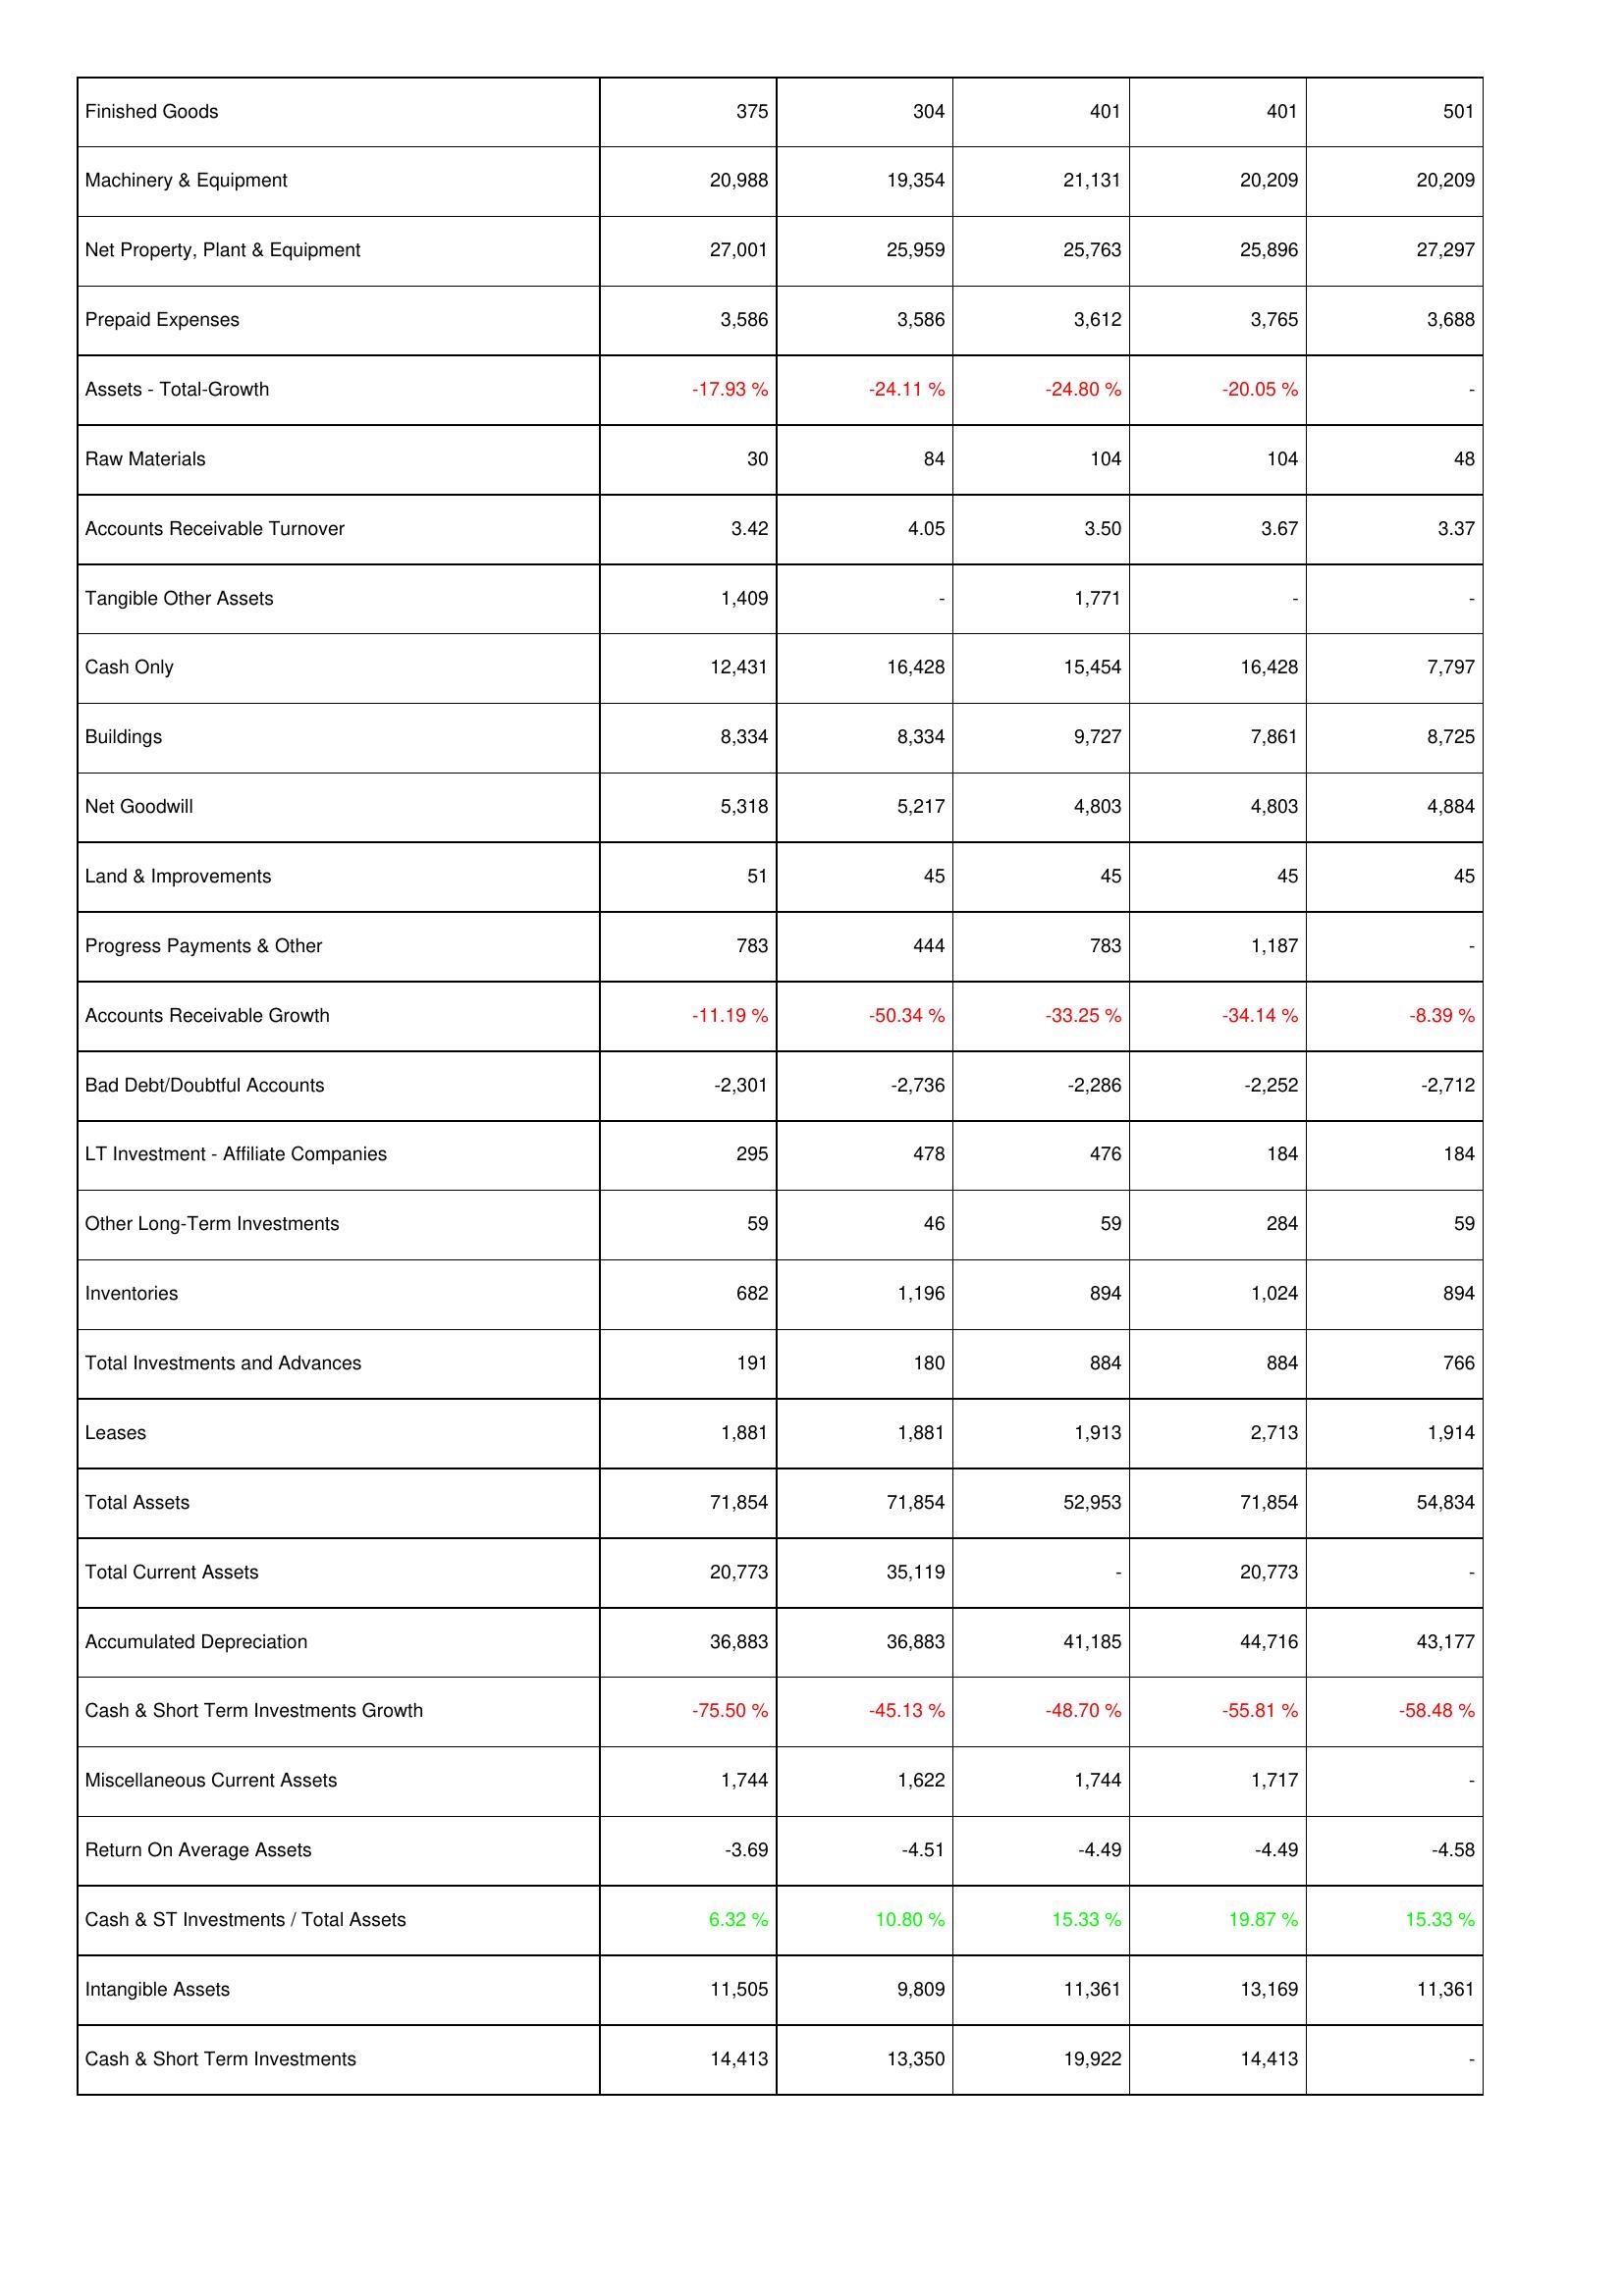
2024: Assets: Finished Goods: 375
Machinery & Equipment: 20,988
Net Property, Plant & Equipment: 27,001
Prepaid Expenses: 3,586
Assets - Total-Growth: -17.93 %
Raw Materials: 30
Accounts Receivable Turnover: 3.42
Tangible Other Assets: 1,409
Cash Only: 12,431
Buildings: 8,334
Net Goodwill: 5,318
Land & Improvements: 51
Progress Payments & Other: 783
Accounts Receivable Growth: -11.19 %
Bad Debt/Doubtful Accounts: -2,301
LT Investment - Affiliate Companies: 295
Other Long-Term Investments: 59
Inventories: 682
Total Investments and Advances: 191
Leases: 1,881
Total Assets: 71,854
Total Current Assets: 20,773
Accumulated Depreciation: 36,883
Cash & Short Term Investments Growth: -75.50 %
Miscellaneous Current Assets: 1,744
Return On Average Assets: -3.69
Cash & ST Investments / Total Assets: 6.32 %
Intangible Assets: 11,505
Cash & Short Term Investments: 14,413
2023: Assets: Finished Goods: 304
Machinery & Equipment: 19,354
Net Property, Plant & Equipment: 25,959
Prepaid Expenses: 3,586
Assets - Total-Growth: -24.11 %
Raw Materials: 84
Accounts Receivable Turnover: 4.05
Tangible Other Assets: -
Cash Only: 16,428
Buildings: 8,334
Net Goodwill: 5,217
Land & Improvements: 45
Progress Payments & Other: 444
Accounts Receivable Growth: -50.34 %
Bad Debt/Doubtful Accounts: -2,736
LT Investment - Affiliate Companies: 478
Other Long-Term Investments: 46
Inventories: 1,196
Total Investments and Advances: 180
Leases: 1,881
Total Assets: 71,854
Total Current Assets: 35,119
Accumulated Depreciation: 36,883
Cash & Short Term Investments Growth: -45.13 %
Miscellaneous Current Assets: 1,622
Return On Average Assets: -4.51
Cash & ST Investments / Total Assets: 10.80 %
Intangible Assets: 9,809
Cash & Short Term Investments: 13,350
2022: Assets: Finished Goods: 401
Machinery & Equipment: 21,131
Net Property, Plant & Equipment: 25,763
Prepaid Expenses: 3,612
Assets - Total-Growth: -24.80 %
Raw Materials: 104
Accounts Receivable Turnover: 3.50
Tangible Other Assets: 1,771
Cash Only: 15,454
Buildings: 9,727
Net Goodwill: 4,803
Land & Improvements: 45
Progress Payments & Other: 783
Accounts Receivable Growth: -33.25 %
Bad Debt/Doubtful Accounts: -2,286
LT Investment - Affiliate Companies: 476
Other Long-Term Investments: 59
Inventories: 894
Total Investments and Advances: 884
Leases: 1,913
Total Assets: 52,953
Total Current Assets: -
Accumulated Depreciation: 41,185
Cash & Short Term Investments Growth: -48.70 %
Miscellaneous Current Assets: 1,744
Return On Average Assets: -4.49
Cash & ST Investments / Total Assets: 15.33 %
Intangible Assets: 11,361
Cash & Short Term Investments: 19,922
2021: Assets: Finished Goods: 401
Machinery & Equipment: 20,209
Net Property, Plant & Equipment: 25,896
Prepaid Expenses: 3,765
Assets - Total-Growth: -20.05 %
Raw Materials: 104
Accounts Receivable Turnover: 3.67
Tangible Other Assets: -
Cash Only: 16,428
Buildings: 7,861
Net Goodwill: 4,803
Land & Improvements: 45
Progress Payments & Other: 1,187
Accounts Receivable Growth: -34.14 %
Bad Debt/Doubtful Accounts: -2,252
LT Investment - Affiliate Companies: 184
Other Long-Term Investments: 284
Inventories: 1,024
Total Investments and Advances: 884
Leases: 2,713
Total Assets: 71,854
Total Current Assets: 20,773
Accumulated Depreciation: 44,716
Cash & Short Term Investments Growth: -55.81 %
Miscellaneous Current Assets: 1,717
Return On Average Assets: -4.49
Cash & ST Investments / Total Assets: 19.87 %
Intangible Assets: 13,169
Cash & Short Term Investments: 14,413
2020: Assets: Finished Goods: 501
Machinery & Equipment: 20,209
Net Property, Plant & Equipment: 27,297
Prepaid Expenses: 3,688
Assets - Total-Growth: -
Raw Materials: 48
Accounts Receivable Turnover: 3.37
Tangible Other Assets: -
Cash Only: 7,797
Buildings: 8,725
Net Goodwill: 4,884
Land & Improvements: 45
Progress Payments & Other: -
Accounts Receivable Growth: -8.39 %
Bad Debt/Doubtful Accounts: -2,712
LT Investment - Affiliate Companies: 184
Other Long-Term Investments: 59
Inventories: 894
Total Investments and Advances: 766
Leases: 1,914
Total Assets: 54,834
Total Current Assets: -
Accumulated Depreciation: 43,177
Cash & Short Term Investments Growth: -58.48 %
Miscellaneous Current Assets: -
Return On Average Assets: -4.58
Cash & ST Investments / Total Assets: 15.33 %
Intangible Assets: 11,361
Cash & Short Term Investments: -